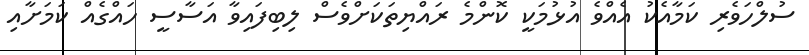
ސުލްހަވެރި ކަމާއެކު އެއްވެ އުޅުމަކީ ކޮންމެ ރައްޔިތަކަށްވެސް ލިބިފައިވާ އަސާސީ ހައްގެއް ކަމަށާއި